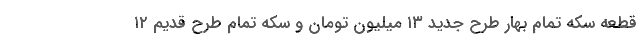
قطعه سکه تمام بهار طرح جدید ۱۳ میلیون تومان و سکه تمام طرح قدیم ۱۲